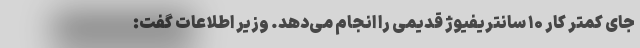
جای کمتر کار ۱۰ سانتریفیوژ قدیمی را انجام می‌دهد. وزیر اطلاعات گفت: